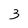
Character: 3